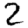
Digit: 2